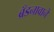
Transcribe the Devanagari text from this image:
ब्रँडनावाने